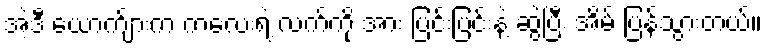
အဲ့ဒီ ယောက်ျားက ကလေးရဲ့ လက်ကို အား ပြင်းပြင်းနဲ့ ဆွဲပြီး အိမ် ပြန်သွားတယ်။